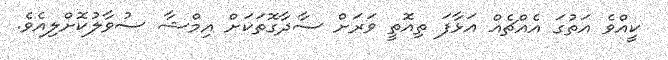
ކީއްވެ އަތުގަ އެއްޗެއް އަޅާފަ ތިއޮތީ ވަރަށް ސާދާގޮތަކަށް އިމްޝާ ސުވާލުކޮށްލިއެވެ.